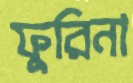
ফুরিনা